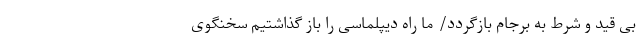
بی قید و شرط به برجام بازگردد/ ما راه دیپلماسی را باز گذاشتیم سخنگوی